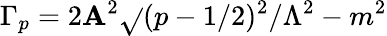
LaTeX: \Gamma_{p}=2\mathbf{A}^{2}\sqrt{}{{(p-1/2)^{2}/\Lambda^{2}-m^{2}}}